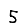
Digit: 5